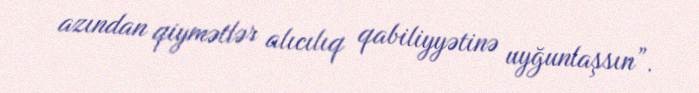
azından qiymətlər alıcılıq qabiliyyətinə uyğunlaşsın”.